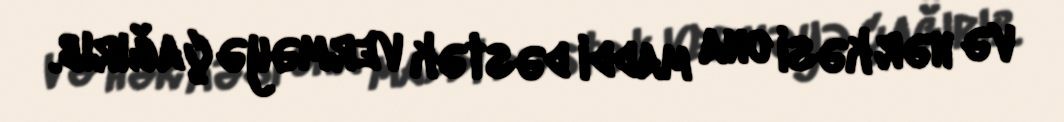
və hər kəsi ona maddi dəstək verməyə çağırıb.